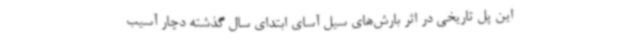
این پل تاریخی در اثر بارش‌های سیل آسای ابتدای سال گذشته دچار آسیب